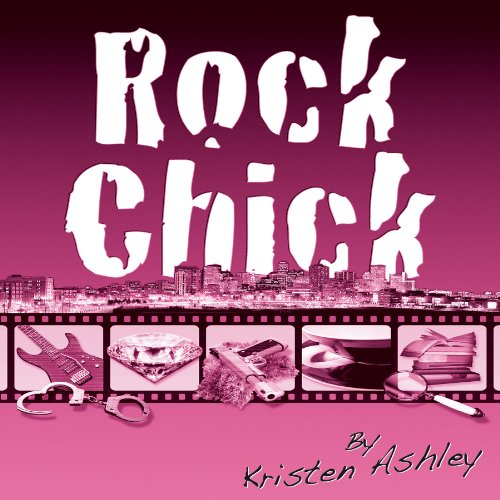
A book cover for Rock Chick; Kristen Ashley; Romance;